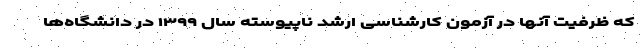
که ظرفیت آنها در آزمون کارشناسی ارشد ناپیوسته سال ۱۳۹۹ در دانشگاه‌ها